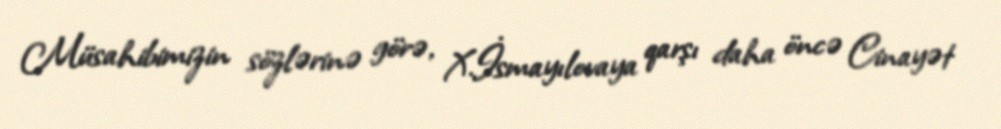
Müsahibimizin sözlərinə görə, X.İsmayılovaya qarşı daha öncə Cinayət